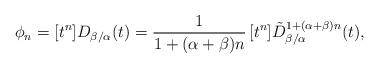
LaTeX: \begin{align*} \phi_n = [t^n] D_{\beta/\alpha}(t) = \dfrac1{1+(\alpha+\beta)n}\, [t^n] \tilde{D}_{\beta/\alpha}^{1+(\alpha + \beta)n}(t),\end{align*}